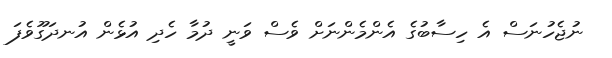
ނުޖެހުނަސް އެ ހިސާބުގެ އެންމެންނަށް ވެސް ވަނީ ދުމާ ހެދި އުޅެން އުނދަގޫވެފަ